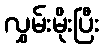
လွှမ်းမိုးပြီး